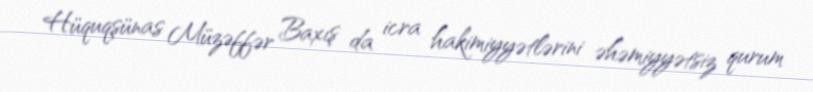
Hüquqşünas Müzəffər Baxış da icra hakimiyyətlərini əhəmiyyətsiz qurum